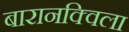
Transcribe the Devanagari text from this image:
बारानक्विला